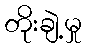
တိုးချဲ့မှု